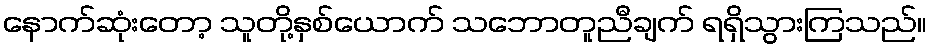
နောက်ဆုံးတော့ သူတို့နှစ်ယောက် သဘောတူညီချက် ရရှိသွားကြသည်။